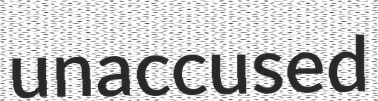
unaccused